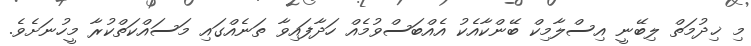
މި ޚިދުމަތް ލިބޭނީ އިސްލާމިކް ބޭންކާއެކު އެއްބަސްވުމެއް ހަދާފައިވާ ތަނެއްގައި މަސައްކަތްކުރާ މީހުނަށެވެ.